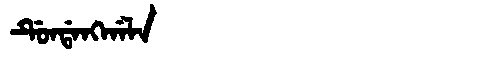
Manchu: ᡩᡠᠨᡩᠠᠩᡤᠠᠯᠠ
Romanization: DUNDANGGALA